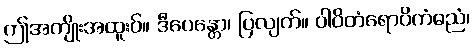
ဤအကျိုးအထူးဝ်။ ဒီပေန္တော၊ ပြလျက်။ ဝါဝိတံရောပိကံဓညံ၊